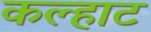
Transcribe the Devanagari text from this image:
कल्हाट